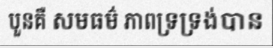
បួនគឺ សមធម៌ ភាពទ្រទ្រង់បាន